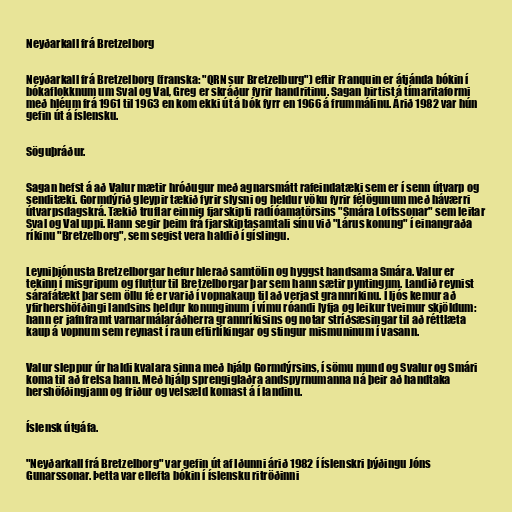
Neyðarkall frá Bretzelborg

Neyðarkall frá Bretzelborg (franska: "QRN sur Bretzelburg") eftir Franquin er átjánda bókin í
bókaflokknum um Sval og Val, Greg er skráður fyrir handritinu. Sagan birtist á tímaritaformi
með hléum frá 1961 til 1963 en kom ekki út á bók fyrr en 1966 á frummálinu. Árið 1982 var hún
gefin út á íslensku.

Söguþráður.

Sagan hefst á að Valur mætir hróðugur með agnarsmátt rafeindatæki sem er í senn útvarp og
senditæki. Gormdýrið gleypir tækið fyrir slysni og heldur vöku fyrir félögunum með háværri
útvarpsdagskrá. Tækið truflar einnig fjarskipti radíóamatörsins "Smára Loftssonar" sem leitar
Sval og Val uppi. Hann segir þeim frá fjarskiptasamtali sínu við "Lárus konung" í einangraða
ríkinu "Bretzelborg", sem segist vera haldið í gíslingu.

Leyniþjónusta Bretzelborgar hefur hlerað samtölin og hyggst handsama Smára. Valur er
tekinn í misgripum og fluttur til Bretzelborgar þar sem hann sætir pyntingum. Landið reynist
sárafátækt þar sem öllu fé er varið í vopnakaup til að verjast grannríkinu. Í ljós kemur að
yfirhershöfðingi landsins heldur konunginum í vímu róandi lyfja og leikur tveimur skjöldum:
hann er jafnframt varnarmálaráðherra grannríkisins og notar stríðsæsingar til að réttlæta
kaup á vopnum sem reynast í raun eftirlíkingar og stingur mismuninum í vasann.

Valur sleppur úr haldi kvalara sinna með hjálp Gormdýrsins, í sömu mund og Svalur og Smári
koma til að frelsa hann. Með hjálp sprengiglaðra andspyrnumanna ná þeir að handtaka
hershöfðingjann og friður og velsæld komast á í landinu.

Íslensk útgáfa.

"Neyðarkall frá Bretzelborg" var gefin út af Iðunni árið 1982 í íslenskri þýðingu Jóns
Gunarssonar. Þetta var ellefta bókin í íslensku ritröðinni